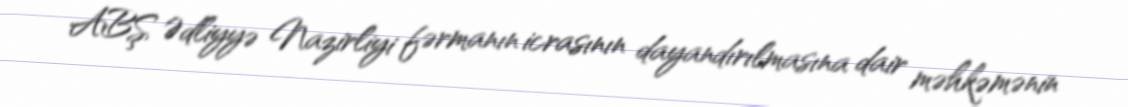
ABŞ Ədliyyə Nazirliyi fərmanın icrasının dayandırılmasına dair məhkəmənin